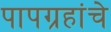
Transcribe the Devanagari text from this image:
पापग्रहांचे